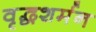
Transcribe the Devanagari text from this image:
वृद्धशर्मन